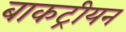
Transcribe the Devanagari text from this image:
बाकट्रीयन